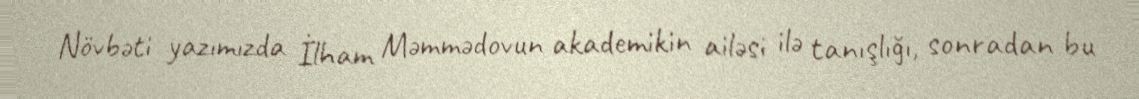
Növbəti yazımızda İlham Məmmədovun akademikin ailəsi ilə tanışlığı, sonradan bu